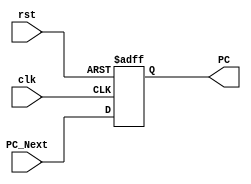
`timescale 1ns / 1ps
//////////////////////////////////////////////////////////////////////////////////
// Company: 
// Engineer: 
// 
// Design Name: 
// Module Name: Program_Counter
// Project Name: 
// Target Devices: 
// Tool Versions: 
// Description: 
// 
// Dependencies: 
// 
// Revision:
// Revision 0.01 - File Created
// Additional Comments:
// 
//////////////////////////////////////////////////////////////////////////////////


module Program_Counter(
    input clk, rst,
    input [31:0] PC_Next,
    output reg [31:0] PC
);

always @(posedge clk or posedge rst) begin
    if (rst) 
        PC <= 32'b0;     
    else
        PC <= PC_Next;  
end

endmodule